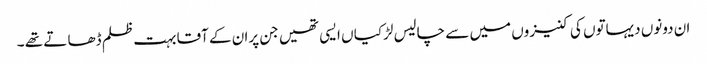
ان دونوں دیہاتوں کی کنیزوں میں سے چالیس لڑکیا ں ایسی تھیں جن پران کے آقا بہت ظلم ڈھا تے تھے ۔